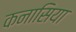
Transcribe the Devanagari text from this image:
कनासिया